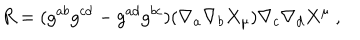
LaTeX: R = ( g ^ { a b } g ^ { c d } - g ^ { a d } g ^ { b c } ) ( \nabla _ { a } \nabla _ { b } X _ { \mu } ) \nabla _ { c } \nabla _ { d } X ^ { \mu } \ ,